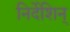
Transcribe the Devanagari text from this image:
निर्देशिन्